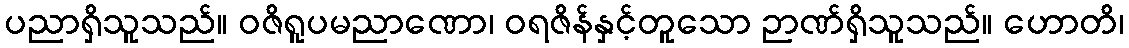
ပညာရှိသူသည်။ ဝဇိရူပမညာဏော၊ ဝရဇိန်နှင့်တူသော ဉာဏ်ရှိသူသည်။ ဟောတိ၊